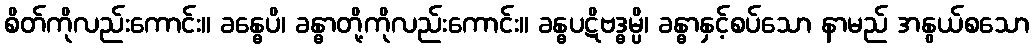
စိတ်ကိုလည်းကောင်း။ ခန္ဓေပိ၊ ခန္ဓာတို့ကိုလည်းကောင်း။ ခန္ဓပဋိဗဒ္ဓမ္ပိ၊ ခန္ဓာနှင့်စပ်သော နာမည် အနွယ်စသော